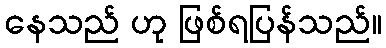
နေသည် ဟု ဖြစ်ရပြန်သည်။